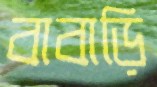
বাবাড়ি